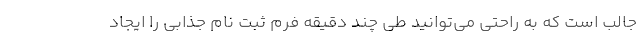
جالب است که به راحتی می‌توانید طی چند دقیقه فرم ثبت نام جذابی را ایجاد